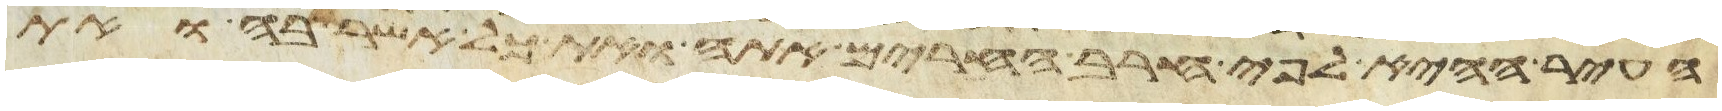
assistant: העיר ההיא לפי חרב החרים אתה ואת כל אשר בה ואת